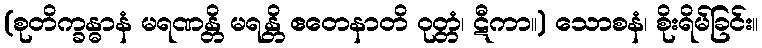
(စုတိက္ခန္ဓာနံ မရဏန္တိ မရန္တိ ဧတေနာတိ ဝုတ္တံ၊ ဋီကာ။) သောစနံ၊ စိုးရိမ်ခြင်း။